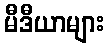
မီဒီယာများ